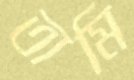
তামি